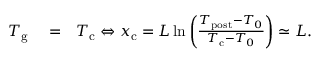
\begin{array} { r l r } { T _ { \mathrm { g } } } & { { } = } & { T _ { \mathrm { c } } \Leftrightarrow x _ { \mathrm { c } } = L \ln \left( \frac { T _ { \mathrm { p o s t } } - T _ { 0 } } { T _ { \mathrm { c } } - T _ { 0 } } \right) \simeq L . } \end{array}